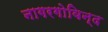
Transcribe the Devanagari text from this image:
नागरगोविन्द